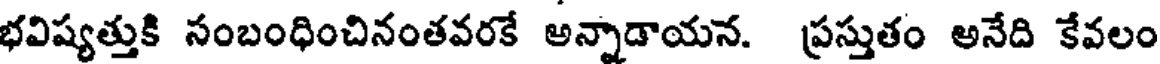
భవిష్యత్తుకి సంబంధించినంతవరకే అన్నాడాయన. ప్రస్తుతం అనేది కేవలం